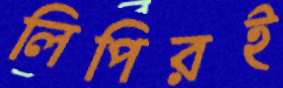
লিপিরই